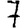
Digit: 7